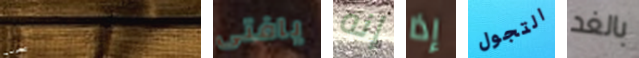
الموسيقية يافتى إنه إذا التجول بالغد